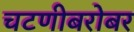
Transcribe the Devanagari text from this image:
चटणीबरोबर